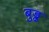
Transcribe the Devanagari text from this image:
बुड्ढ